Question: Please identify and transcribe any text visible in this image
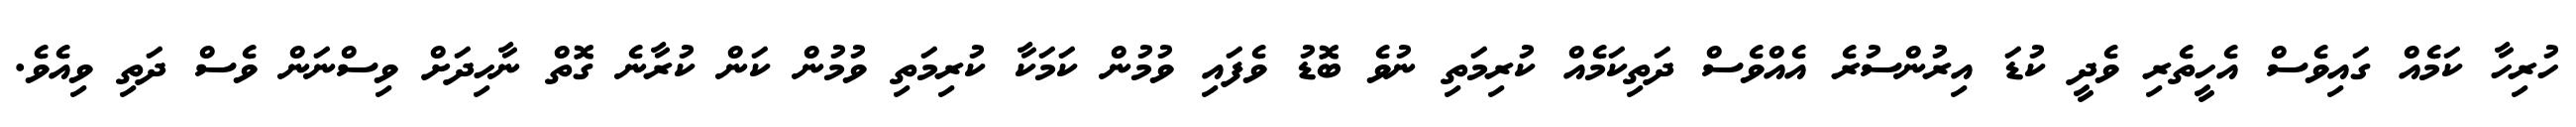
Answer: ހުރިހާ ކަމެއް ގައިވެސް އެހީތެރި ވެދީ ކުޑަ އިރުންސުރެ އެއްވެސް ދަތިކަމެއް ކުރިމަތި ނުވެ ބޮޑު ވެފައި ވުމުން ކަމަކާ ކުރިމަތި ވުމުން ކަން ކުރާނެ ގޮތް ނާހިދަށް ވިސްނަން ވެސް ދަތި ވިއެވެ.